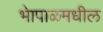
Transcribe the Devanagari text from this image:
भेापाळमधील